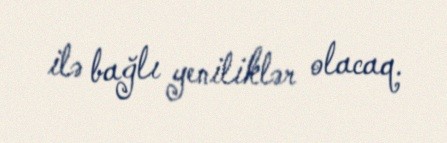
ilə bağlı yeniliklər olacaq.